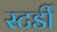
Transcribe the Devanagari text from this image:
स्टर्डी